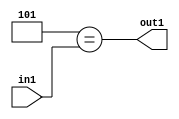
`timescale 1ps / 1ps
/*****************************************************************************
    Verilog RTL Description
    
    
    Created by: Stratus DpOpt 21.05.01 
*******************************************************************************/

module dut_Equal_1U_12_4 (
	in1,
	out1
	); /* architecture "behavioural" */ 
input [2:0] in1;
output  out1;
wire  asc001;

assign asc001 = (8'B00000101==in1);

assign out1 = asc001;
endmodule

/* CADENCE  urXwSg0= : u9/ySxbfrwZIxEzHVQQV8Q== ** DO NOT EDIT THIS LINE ******/